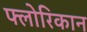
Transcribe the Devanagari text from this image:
फ्लोरिकान